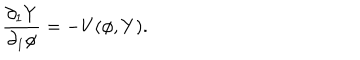
\frac { \partial _ { 1 } Y } { \partial _ { 1 } \phi } = - V ( \phi , Y ) .